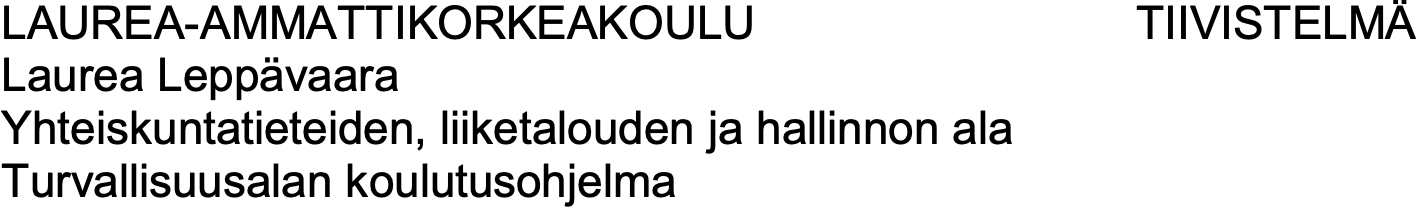
LAUREA-AMMATTIKORKEAKOULU            TIIVISTELMÄ Laurea Leppävaara Yhteiskuntatieteiden, liiketalouden ja hallinnon ala Turvallisuusalan koulutusohjelma